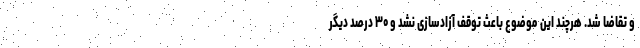
و تقاضا شد. هرچند این موضوع باعث توقف آزادسازی نشد و ۳۰ درصد دیگر